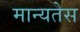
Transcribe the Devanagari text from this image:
मान्यतेस